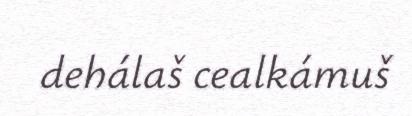
dehálaš cealkámuš